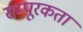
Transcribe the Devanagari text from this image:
सम्पूरकता